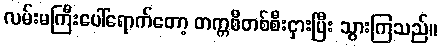
လမ်းမကြီးပေါ်ရောက်တော့ တက္ကစီတစ်စီးငှားပြီး သွားကြသည်။